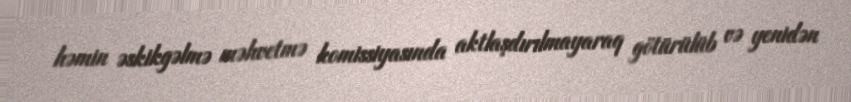
həmin əskikgəlmə məhvetmə komissiyasında aktlaşdırılmayaraq götürülüb və yenidən